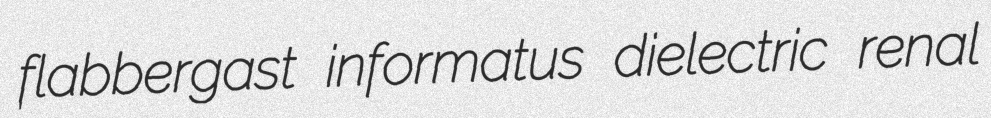
flabbergast informatus dielectric renal